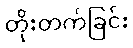
တိုးတက်ခြင်း